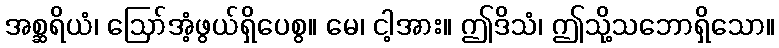
အစ္ဆရိယံ၊ ဩော်အံ့ဖွယ်ရှိပေစွ။ မေ၊ ငါ့အား။ ဤဒိသံ၊ ဤသို့သဘောရှိသော။